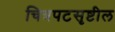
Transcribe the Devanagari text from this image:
चित्रपटसृष्टील